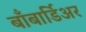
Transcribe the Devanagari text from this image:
बाँबार्डिअर